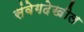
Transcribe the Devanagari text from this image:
संवेगदेखील